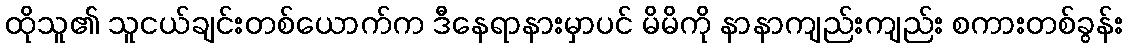
ထိုသူ၏ သူငယ်ချင်းတစ်ယောက်က ဒီနေရာနားမှာပင် မိမိကို နာနာကျည်းကျည်း စကားတစ်ခွန်း